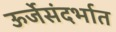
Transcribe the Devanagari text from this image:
ऊर्जेसंदर्भात